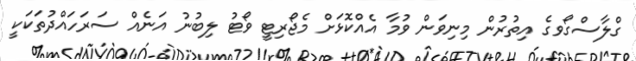
ގްލާސްގޯވގެ އިތުރުން މިނިވަން ވުމާ އެއްކޮޅަށް މެޖޯރިޓީ ވޯޓު ލިބުނު އަނެއް ސަރަހައްދުތަކަކީ